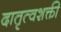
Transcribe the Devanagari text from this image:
दातृत्वशक्ती